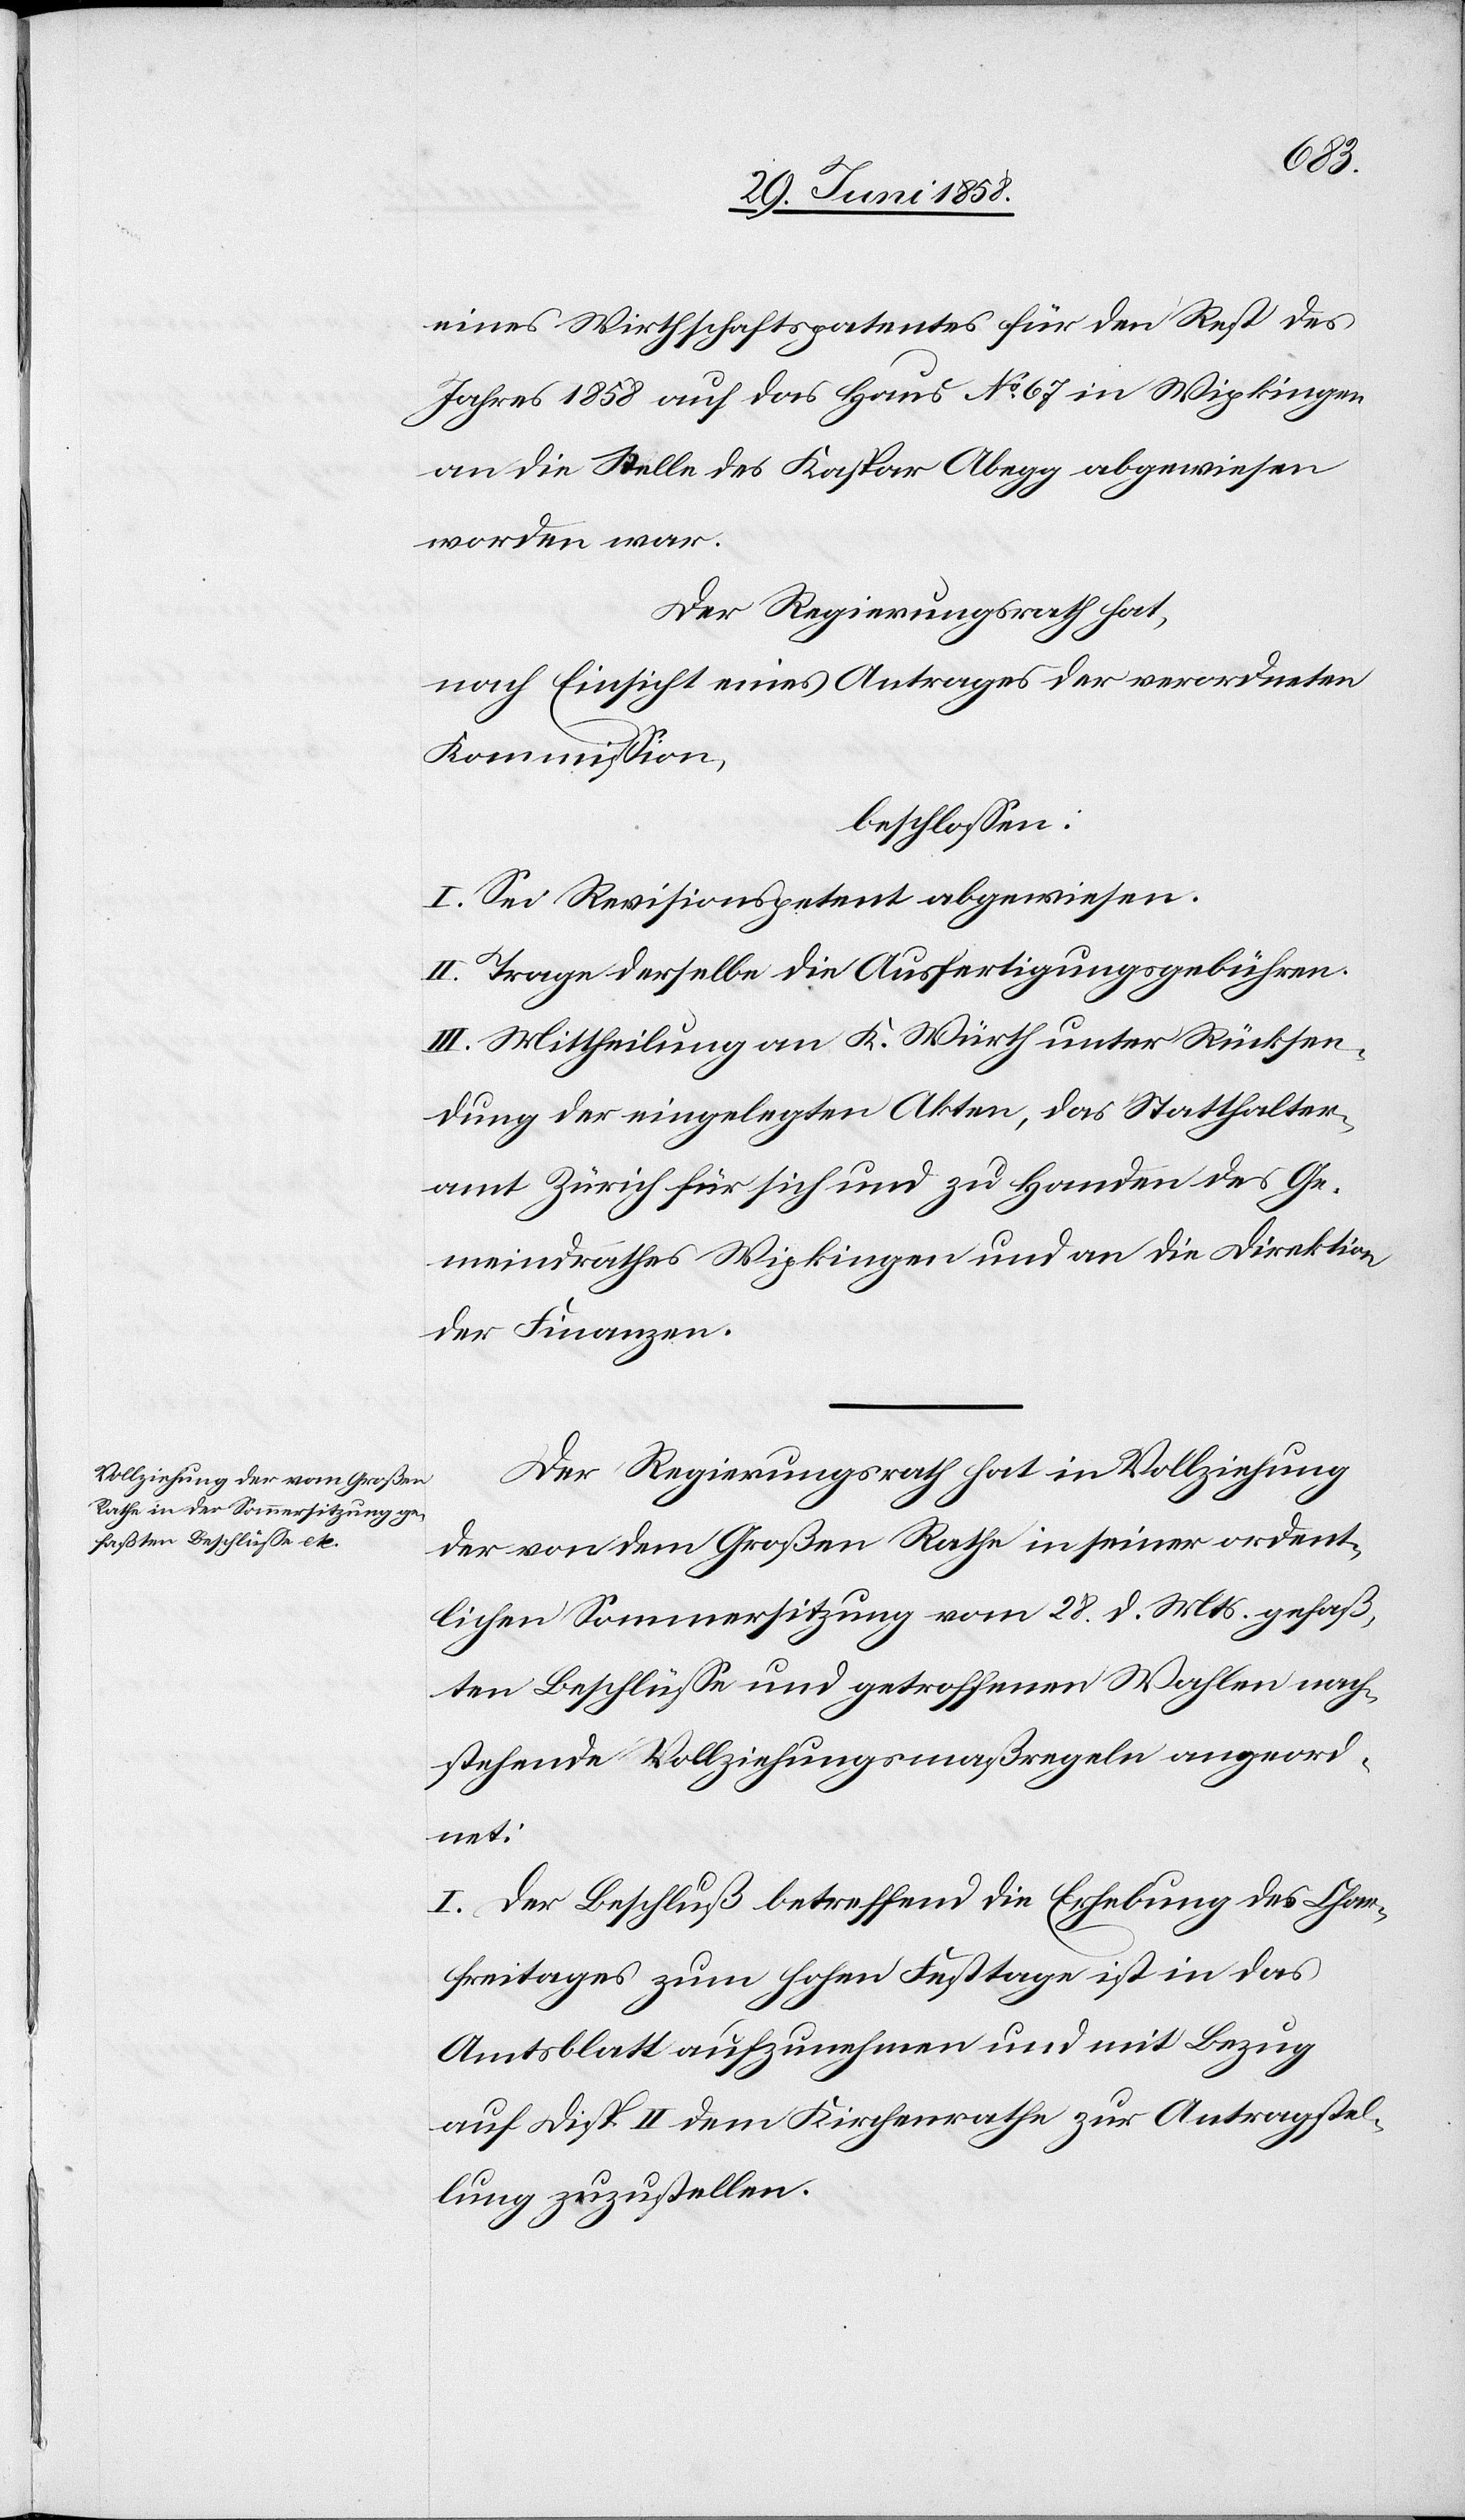
eines Wirthschaftspatentes für den Rest des
Jahres 1858 auf das Haus No 67 in Wipkingen
an die Stelle des Kaspar Abegg abgewiesen
worden war.
Der Regierungsrath hat,
nach Einsicht eines Antrages der verordneten
Kommission,
beschlossen:
I. Sei Revisionspetent abgewiesen.
II. Trage derselbe die Ausfertigungsgebühren.
III. Mittheilung an K. Würth unter Rücksen¬
dung der eingelegten Akten, das Statthalter¬
amt Zürich für sich und zu Handen des Ge¬
meindrathes Wipkingen und an die Direktion
der Finanzen.
Der Regierungsrath hat in Vollziehung
der von dem Großen Rathe in seiner ordent¬
lichen Sommersitzung vom 28. d. Mts. gefaß¬
ten Beschlüsse und getroffenen Wahlen nach¬
stehende Vollziehungsmaßregeln angeord¬
net:
I. Der Beschluß betreffend die Erhebung des Char¬
freitages zum hohen Festtage ist in das
Amtsblatt aufzunehmen und mit Bezug
auf Disp. II. dem Kirchenrathe zur Antragstel¬
lung zuzustellen.